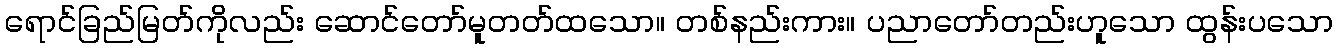
ရောင်ခြည်မြတ်ကိုလည်း ဆောင်တော်မူတတ်ထသော။ တစ်နည်းကား။ ပညာတော်တည်းဟူသော ထွန်းပသော